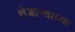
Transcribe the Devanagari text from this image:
शेजार्‍याच्या